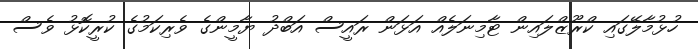
ހުޅުމާލޭގައި ކްރޫޒްލައިން ޓާމިނަލެއް އަޅަން ރައީސް އަބްދު ޔާމީންގެ ވެރިކަމުގެ ކުރީކޮޅު ވެސް